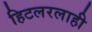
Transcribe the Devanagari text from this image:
हिटलरलाही